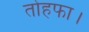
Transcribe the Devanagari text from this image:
तोहफा।